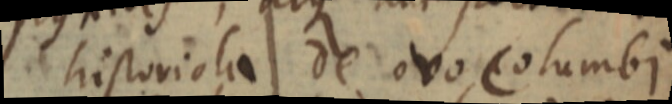
historiola de ovo Columbi